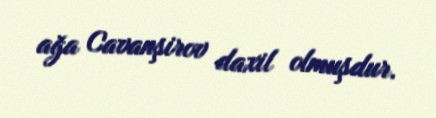
ağa Cavanşirov daxil olmuşdur.